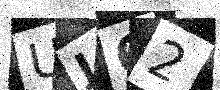
Text: UJ62